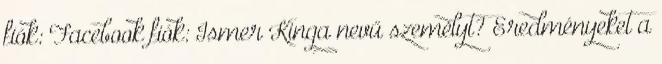
fiók: Facebook fiók: Ismer Kinga nevű személyt? Eredményeket a